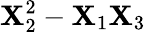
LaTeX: \mathbf{X}_{2}^{2}-\mathbf{X}_{1}\mathbf{X}_{3}